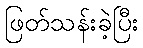
ဖြတ်သန်းခဲ့ပြီး